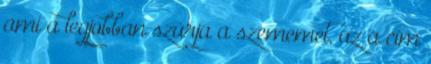
ami a legjobban szúrja a szememet, az a cím